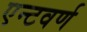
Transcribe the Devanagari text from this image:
एन्टवर्ण